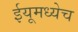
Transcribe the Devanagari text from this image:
ईयूमध्येच